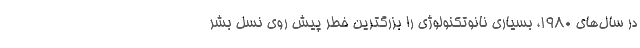
در سال‌های ۱۹۸۰، بسیاری نانوتکنولوژی را بزرگترین خطر پیش روی نسل بشر